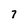
Character: 7